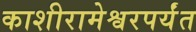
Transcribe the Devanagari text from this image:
काशीरामेश्वरपर्यंत